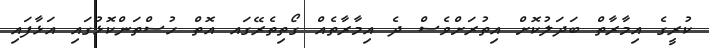
ކުރީގެ އިމާރާތް ބަދަލުކޮށް އިތުރަށްވެސް ދެ އިމާރާތެއް ގޯތިތެރޭގައ އޮތް ހުސްތަންކޮޅުގައި އަޅާފައި